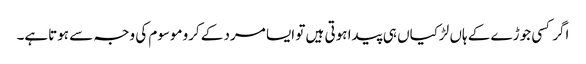
اگر کسی جوڑے کے ہاں لڑکیاں ہی پیدا ہوتی ہیں تو ایسا مرد کے کروموسوم کی وجہ سے ہوتاہے۔